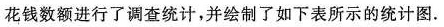
花钱数额进行了调查统计，并绘制了如下表所示的统计图.